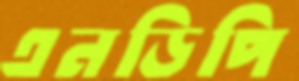
এনডিপি